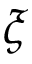
\xi